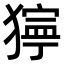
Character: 𤡛